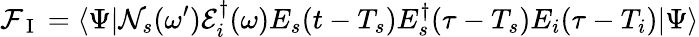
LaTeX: {\cal F}_{\mathrm{~I~}}=\langle\Psi|{\cal N}_{s}(\omega^{\prime}){\cal E}_{i}^{\dagger}(\omega)E_{s}(t-T_{s})E_{s}^{\dagger}(\tau-T_{s})E_{i}(\tau-T_{i})|\Psi\rangle